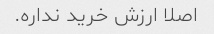
اصلا ارزش خرید نداره.